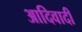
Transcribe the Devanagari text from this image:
आदिवादी